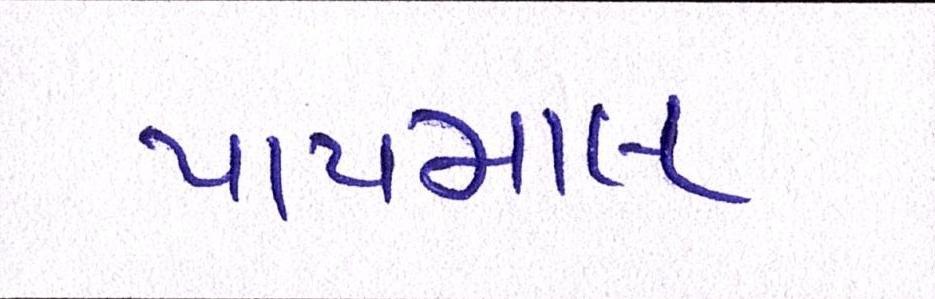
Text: પાયમાલ